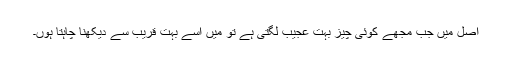
اصل میں جب مجھے کوئی چیز بہت عجیب لگتی ہے تو میں اسے بہت قریب سے دیکھنا چاہتا ہوں۔